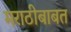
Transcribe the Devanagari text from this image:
मराठीबाबत